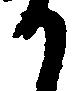
か